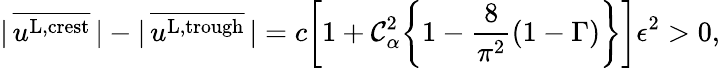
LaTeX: |\, \overline{{u^{\textnormal{L,crest}}}}\, |-|\, \overline{{u^{\textnormal{L,trough}}}}\, |=c\bigg[1+\mathcal{C}_{\alpha}^{2}\bigg\{ 1-\frac{8}{\pi^{2}}(1-\Gamma)\bigg\} \bigg]\epsilon^{2}>0,